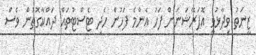
ޒީނަތު ވިދާޅުވީ އޮޕަރޭޝަނަށް ފަހު އެންމެ ފަހުން ހެދި ޓެސްޓުތައް ދައްކާގޮތުން ވެސް